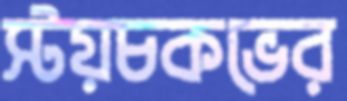
স্টয়চকভের